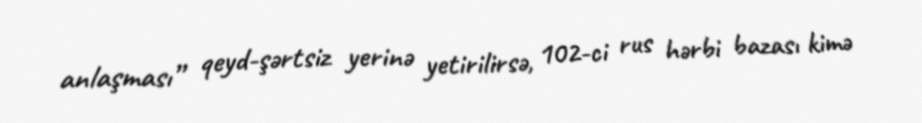
anlaşması” qeyd-şərtsiz yerinə yetirilirsə, 102-ci rus hərbi bazası kimə